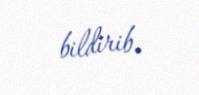
bildirib.